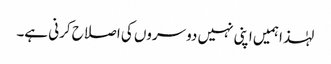
لہٰذا ہمیں اپنی نہیں دوسروں کی اصلاح کرنی ہے۔